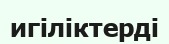
игіліктерді